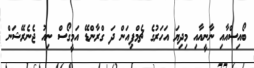
ބޯއިސްއާއި ނާނީއާއި މިދިޔަ އަހަރުގެ ޗެމްޕިއަން ދަ ގްރާންޑޭ އަމީގޯސް ނިއު ޖެނެރޭޝަން